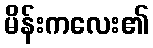
မိန်းကလေး၏